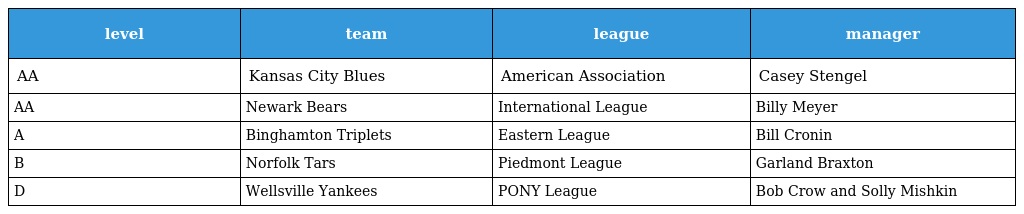
| level | team | league | manager |
 | --- | --- | --- | --- |
 | AA | Kansas City Blues | American Association | Casey Stengel |
 | AA | Newark Bears | International League | Billy Meyer |
 | A | Binghamton Triplets | Eastern League | Bill Cronin |
 | B | Norfolk Tars | Piedmont League | Garland Braxton |
 | D | Wellsville Yankees | PONY League | Bob Crow and Solly Mishkin |